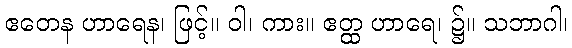
ဧတေန ဟာရေန၊ ဖြင့်။ ဝါ၊ ကား။ ဧတ္ထ ဟာရေ၊ ၌။ သဘာဂါ၊